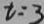
t = 3